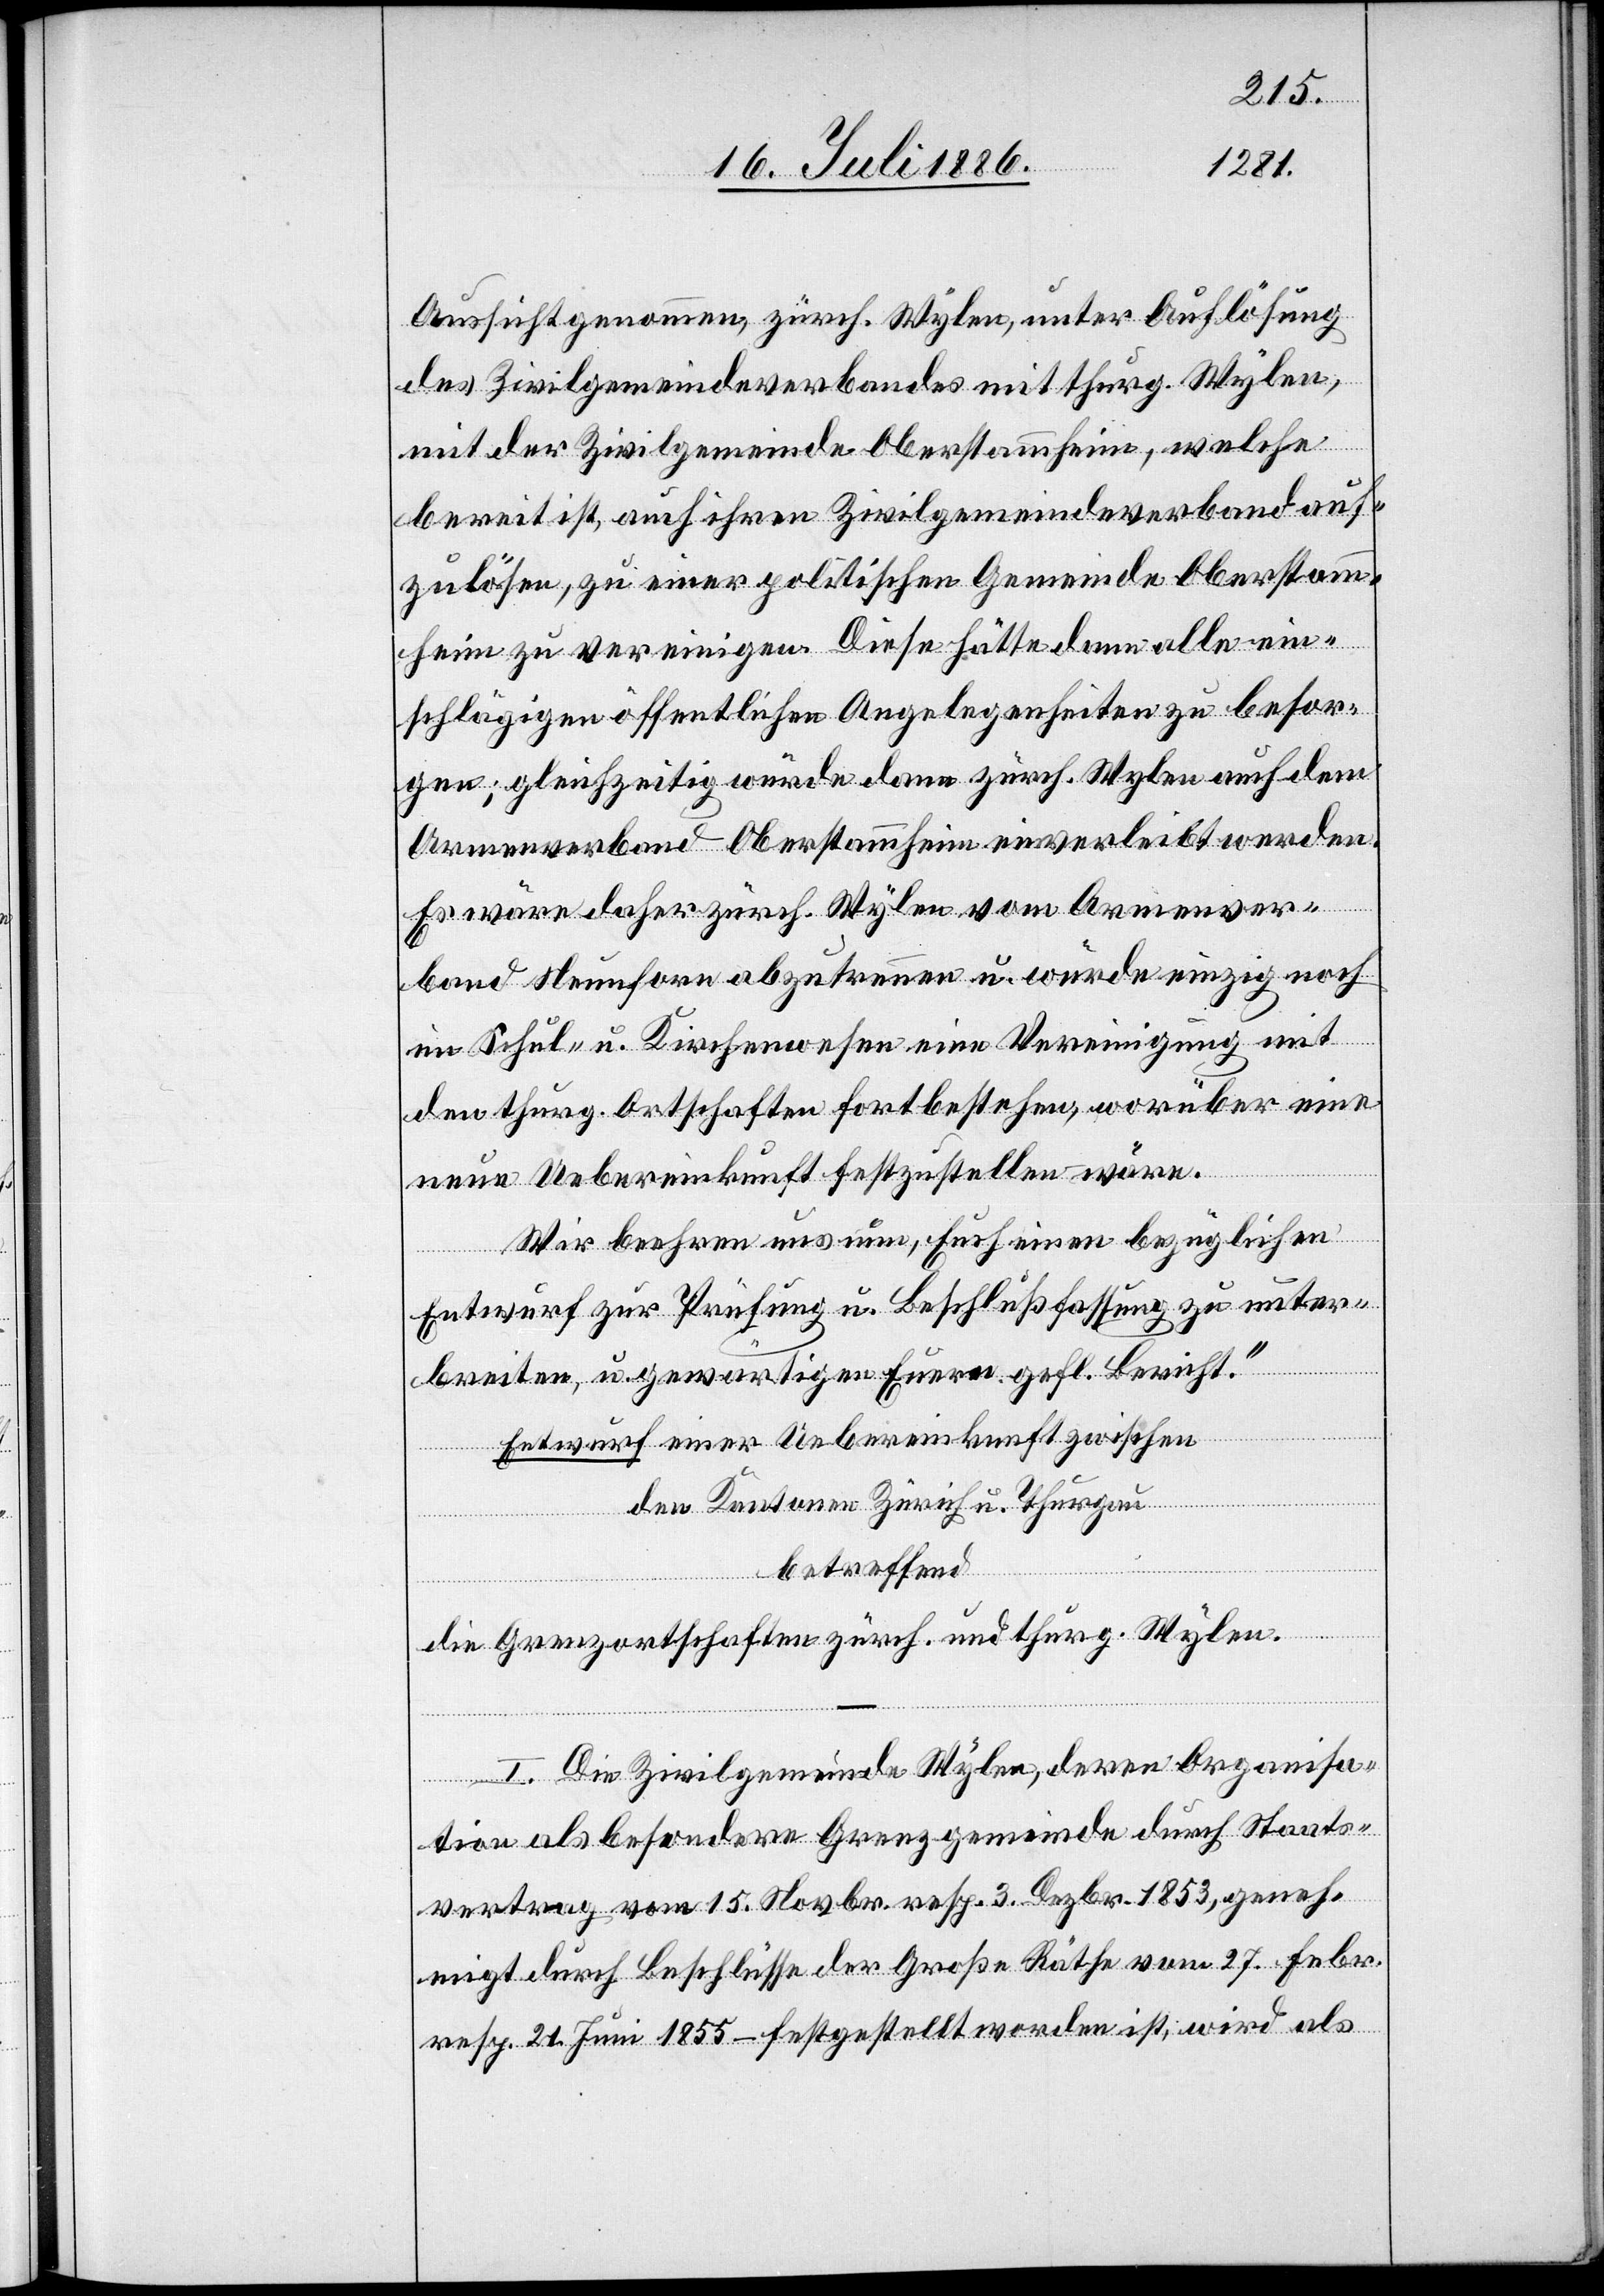
Aussicht genommen, zürch. Wylen, unter Auflösung
des Zivilgemeindeverbandes mit thurg. Wylen,
mit der Zivilgemeinde Oberstammheim, welche
bereit ist, auch ihren Zivilgemeindeverband auf¬
zulösen, zu einer politischen Gemeinde Oberstamm¬
heim zu vereinigen. Diese hätte dann alle ein¬
schlägigen öffentlichen Angelegenheiten zu besor¬
gen; gleichzeitig würde dann zürch. Wylen auch dem
Armenverband Oberstammheim einverleibt werden.
Es wäre daher zürch. Wylen vom Armenver¬
band Neunforn abzutrennen u. würde einzig noch
im Schul- u. Kirchenwesen eine Vereinigung mit
den thurg. Ortschaften fortbestehen, worüber eine
neue Uebereinkunft festzustellen wäre.
Wir beehren uns nun, Euch einen bezüglichen
Entwurf zur Prüfung u. Beschlußfassung zu unter¬
breiten, u. gewärtigen Euern gefl. Bericht.“
Entwurf einer Uebereinkunft zwischen
den Kantonen Zürich u. Thurgau
betreffend
die Grenzortschaften zürch. u. thurg. Wylen.
I. Die Zivilgemeinde Wylen, deren Organisa¬
tion als besondere Grenzgemeinde durch Staats¬
vertrag vom 15. Novbr. resp. 3. Dezbr. 1853, geneh¬
migt durch Beschlüsse der Große[n] Räthe vom 27. Febr.
resp. 21. Juni 1855 – festgestellt worden ist, wird als